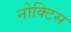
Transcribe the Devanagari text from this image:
नोक्टिस